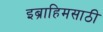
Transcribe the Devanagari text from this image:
इब्राहिमसाठी